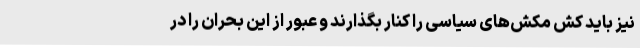
نیز باید کش مکش‌های سیاسی را کنار بگذارند و عبور از این بحران را در